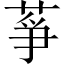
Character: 𦱊